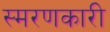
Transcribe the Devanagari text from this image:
स्मरणकारी